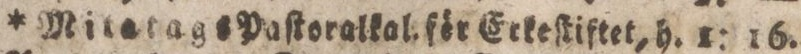
* Mitetags Paſtoralkal. för Erkeſtiftet, h. 1: 16.